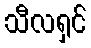
သီလရှင်